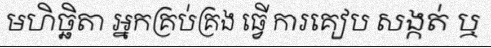
មហិច្ឆិតា អ្នកគ្រប់គ្រង ធ្វើ ការគៀប សង្កត់ ឬ